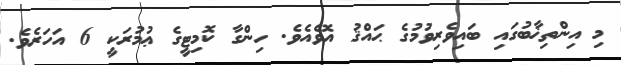
މި އިންތިޚާބުގައި ބައިވެރިވުމުގެ ޙައްޤު އޮވެއެވެ. ހިންގާ ކޮމިޓީގެ ޢުމުރަކީ 6 އަހަރެވެ.